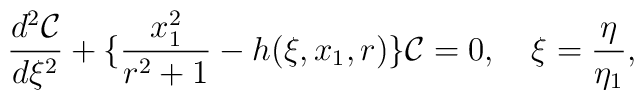
\frac{d^2 {\cal C}}{ d \xi^2} + \{ \frac{x_1^2}{ r^2 + 1} - h(\xi,x_1, r)\} {\cal C} =0, ~~~ \xi = \frac{\eta}{\eta_1},